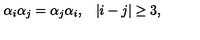
\begin{array} { c c } { \alpha _ { i } \alpha _ { j } = \alpha _ { j } \alpha _ { i } , } & { | i - j | \geq 3 , } \\ \end{array}